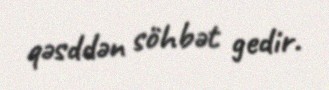
qəsddən söhbət gedir.